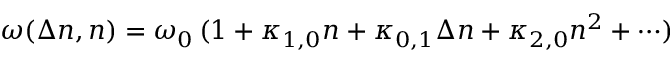
\omega ( \Delta n , n ) = \omega _ { 0 } \, ( 1 + \kappa _ { 1 , 0 } n + \kappa _ { 0 , 1 } \Delta n + \kappa _ { 2 , 0 } n ^ { 2 } + \cdots )